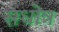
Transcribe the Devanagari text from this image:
सधोत्र